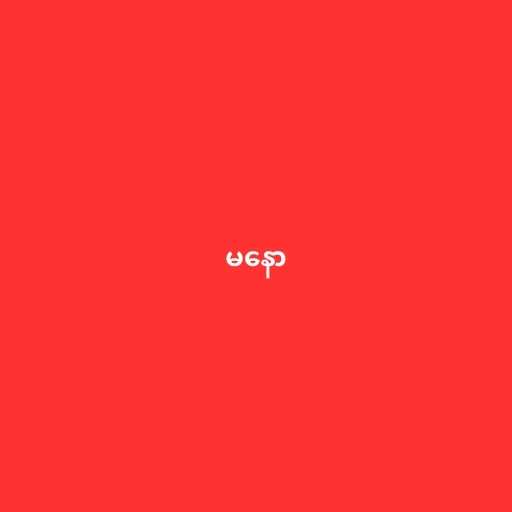
မနော